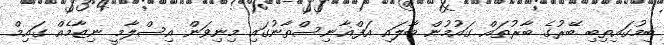
ބިމުގައިތިބި ބޭރުގެ ބާރުތައް ގައުމުން ބާލައި އަފްޣާނިސްތާނުގައި މިނިވަން އިސްލާމީ ނިޒާމެއް ގައިމް